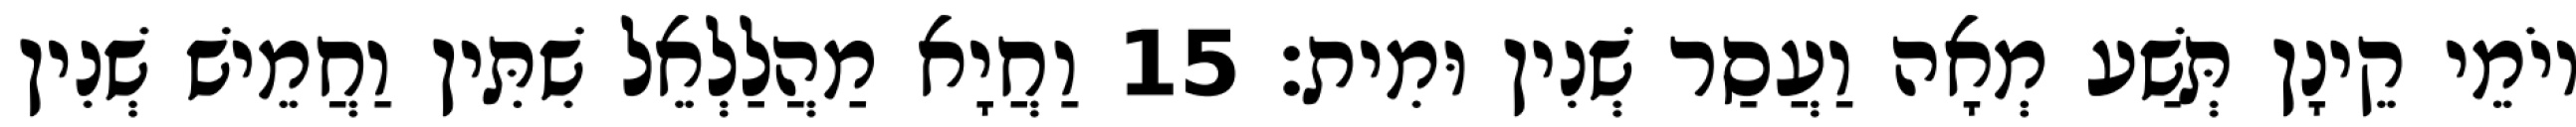
יוֹמֵי קֵינָן תְּשַׁע מְאָה וַעֲסַר שְׁנִין וּמִית׃ 15 וַחֲיָא מַהֲלַלְאֵל שִׁתִּין וַחֲמֵישׁ שְׁנִין